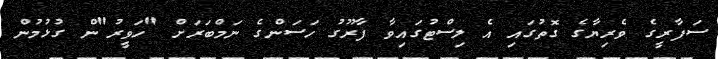
ސަފާރީގެ ވެރިޔާގެ ގޮތުގައި އެ ލިސްޓުގައިވާ ފާރޫގު ހަސަންގެ ނަމްބަރަށް "ހަވީރު"ން ގުޅުމުން